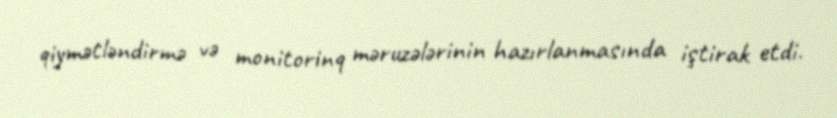
qiymətləndirmə və monitorinq məruzələrinin hazırlanmasında iştirak etdi.